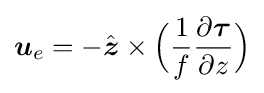
{\boldsymbol {u}}_{e}=-{\hat {\boldsymbol {z}}}\times {\Big (}{\frac {1}{f}}{\frac {\partial {\boldsymbol {\tau }}}{\partial z}}{\Big )}